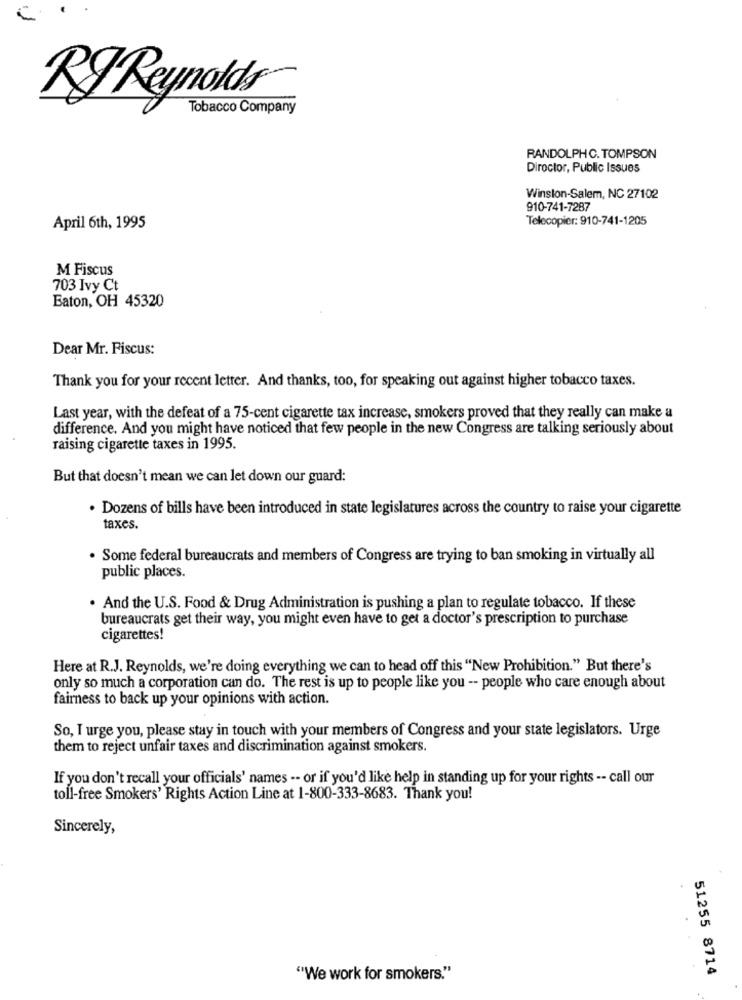
RJ Reynolds
Tobacco Company
RANDOLPHC. TOMPSON
Director, Public Issues
Winston-Salem, NC 27102
910-741-7287
Telecopier: 910-741-1205
April 6th, 1995
M Fiscus
703 Ivy Ct
Eaton, OH 45320
Dear Mr. Fiscus:
Thank you for your recent letter. And thanks, too, for speaking out against higher tobacco taxes.
Last year, with the defeat of a 75-cent cigarette tax increase, smokers proved that they really can make a
difference. And you might have noticed that few people in the new Congress are talking seriously about
raising cigarette taxes in 1995.
But that doesn't mean we can let down our guard:
. Dozens of bills have been introduced in state legislatures across the country to raise your cigarette
taxes.
. Some federal bureaucrats and members of Congress are trying to ban smoking in virtually all
public places.
. And the U.S. Food & Drug Administration is pushing a plan to regulate tobacco. If these
bureaucrats get their way, you might even have to get a doctor's prescription to purchase
cigarettes!
Here at R.J. Reynolds, we're doing everything we can to head off this "New Prohibition." But there's
only so much a corporation can do. The rest is up to people like you -- people who care enough about
fairness to back up your opinions with action.
So, I urge you, please stay in touch with your members of Congress and your state legislators. Urge
them to reject unfair taxes and discrimination against smokers.
If you don't recall your officials' names -- or if you'd like help in standing up for your rights -- call our
toll-free Smokers' Rights Action Line at 1-800-333-8683. Thank you!
Sincerely,
51255 8714
"We work for smokers."